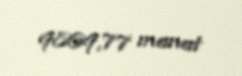
9869,77 manat